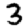
Digit: 3